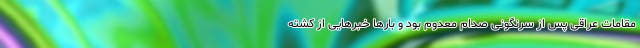
مقامات عراقی پس از سرنگونی صدام معدوم بود و بارها خبرهایی از کشته